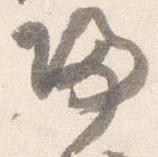
帰